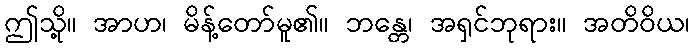
ဤသို့။ အာဟ၊ မိန့်တော်မူ၏။ ဘန္တေ၊ အရှင်ဘုရား။ အတိဝိယ၊